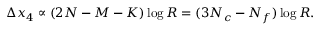
\Delta x _ { 4 } \propto ( 2 N - M - K ) \log R = ( 3 N _ { c } - N _ { f } ) \log R .